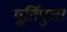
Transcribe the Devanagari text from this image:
मूर्तिपुजा